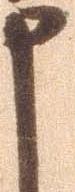
申